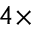
4 \times